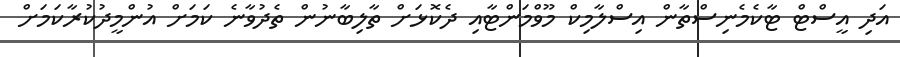
އަދި އީސްޓް ޓާކެމެނިސްތާން އިސްލާމިކް މޫވްމަންޓާއި ދެކޮޅަށް ތާލިބާނުން ތެދުވާނެ ކަމަށް އުންމީދުކުރާކަމަށް